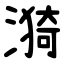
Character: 漪